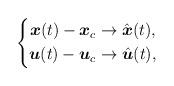
LaTeX: \begin{align*} \left\lbrace \begin{aligned}\boldsymbol{x}(t) - \boldsymbol{x}_c &\to \hat{\boldsymbol{x}}(t), \\\boldsymbol{u}(t) - \boldsymbol{u}_c &\to \hat{\boldsymbol{u}}(t) ,\end{aligned} \right. \end{align*}